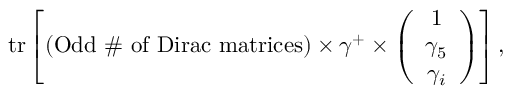
\mathrm { t r } \left[ ( \mathrm { O d d ~ \# ~ o f ~ D i r a c ~ m a t r i c e s } ) \times \gamma ^ { + } \times \left( \begin{array} { c } { { 1 } } \\ { { \gamma _ { 5 } } } \\ { { \gamma _ { i } } } \end{array} \right) \right] ,